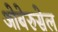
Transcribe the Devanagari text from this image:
ओबेरुसेल